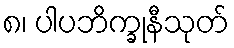
၈၊ ပါပဘိက္ခုနီသုတ်